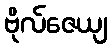
ဗိုလ်ဇေယျ